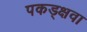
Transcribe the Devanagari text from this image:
पकड्क्षवा